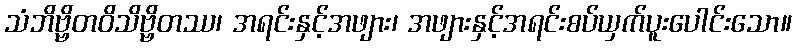
သံဘိဗ္ဗိတဝိသိဗ္ဗိတဿ၊ အရင်းနှင့်အဖျား၊ အဖျားနှင့်အရင်းစပ်ယှက်ပူးပေါင်းသော။